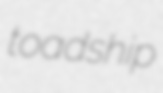
toadship